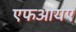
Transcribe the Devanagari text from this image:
एफआयए